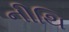
નીથિ